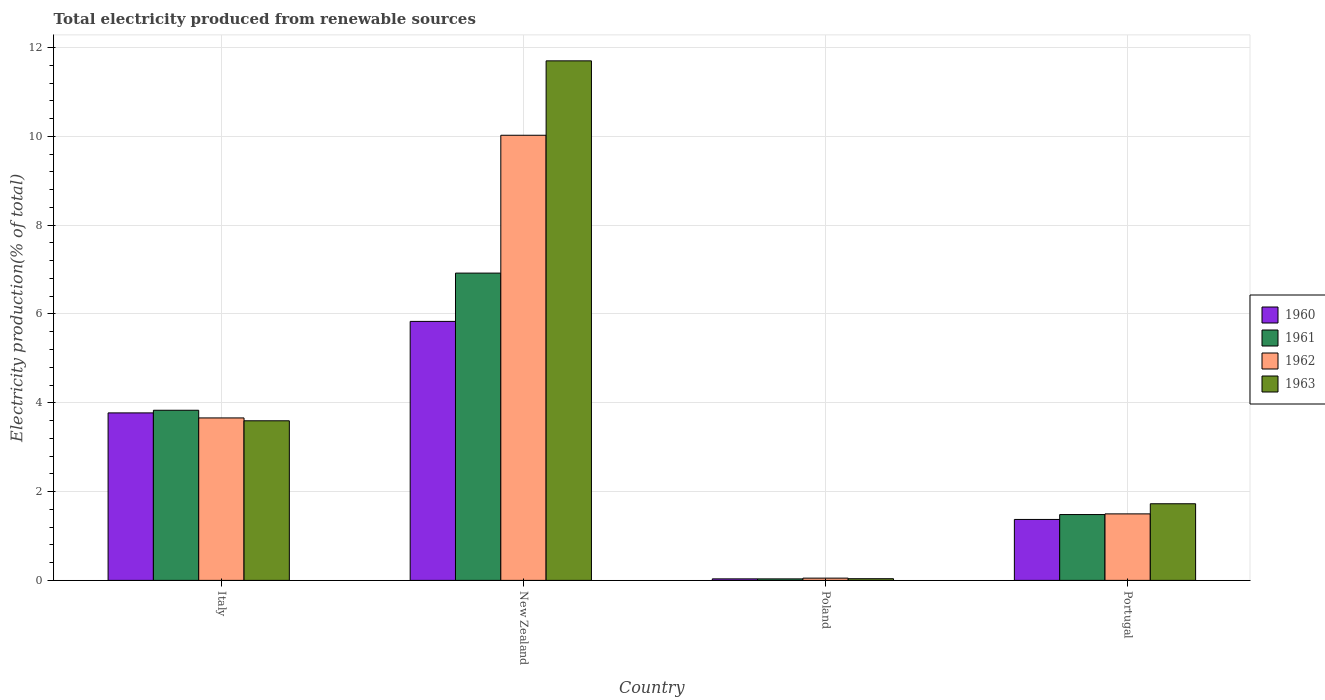
| Country | 1960 | 1961 | 1962 | 1963 |
 | --- | --- | --- | --- | --- |
 | Italy | 3.77 | 3.83 | 3.66 | 3.59 |
 | New Zealand | 5.83 | 6.92 | 10 | 11.7 |
 | Poland | 0.0342 | 0.0341 | 0.0509 | 0.0379 |
 | Portugal | 1.37 | 1.48 | 1.5 | 1.73 |